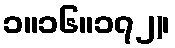
၁။၁၆။၁၇၂)၊